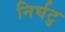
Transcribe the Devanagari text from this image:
निर्घटु